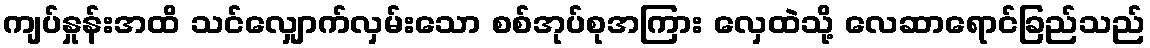
ကျပ်နှုန်းအထိ သင်လျှောက်လှမ်းသော စစ်အုပ်စုအကြား လှေထဲသို့ လေဆာရောင်ခြည်သည်